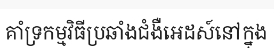
គាំទ្រកម្មវិធីប្រឆាំងជំងឺអេដស៍នៅក្នុង